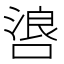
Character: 𫫐